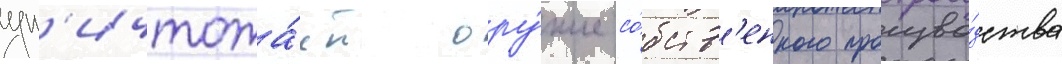
ун'ичтожа́ет ору́жие со́бств'енного произво́дства